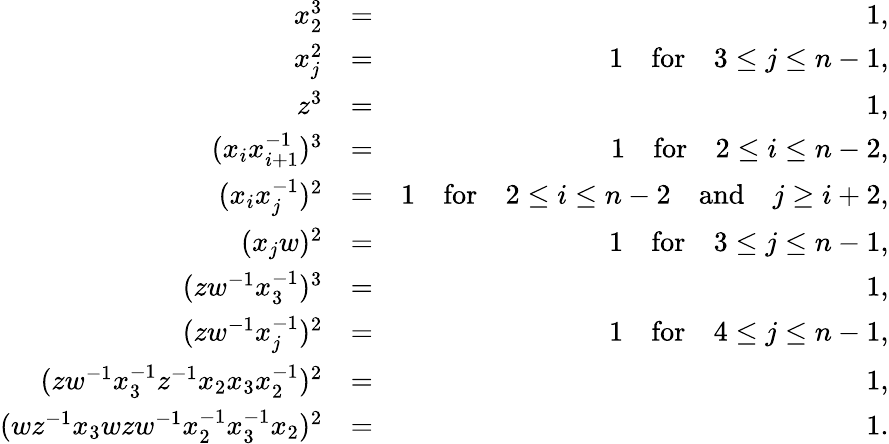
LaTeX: \begin{array}{rlr}{x_{2}^{3}}&{=}&{1,}\\ {x_{j}^{2}}&{=}&{1\quad\textrm{for}\quad 3\leq j\leq n-1,}\\ {z^{3}}&{=}&{1,}\\ {(x_{i}x_{i+1}^{-1})^{3}}&{=}&{1\quad\textrm{for}\quad 2\leq i\leq n-2,}\\ {(x_{i}x_{j}^{-1})^{2}}&{=}&{1\quad\textrm{for}\quad 2\leq i\leq n-2\quad\mathrm{and}\quad j\geq i+2,}\\ {(x_{j}w)^{2}}&{=}&{1\quad\textrm{for}\quad 3\leq j\leq n-1,}\\ {(zw^{-1}x_{3}^{-1})^{3}}&{=}&{1,}\\ {(zw^{-1}x_{j}^{-1})^{2}}&{=}&{1\quad\textrm{for}\quad 4\leq j\leq n-1,}\\ {(zw^{-1}x_{3}^{-1}z^{-1}x_{2}x_{3}x_{2}^{-1})^{2}}&{=}&{1,}\\ {(wz^{-1}x_{3}wzw^{-1}x_{2}^{-1}x_{3}^{-1}x_{2})^{2}}&{=}&{1.}\end{array}